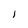
Character: 1